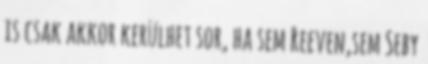
is csak akkor kerülhet sor, ha sem Reeven,sem Seby